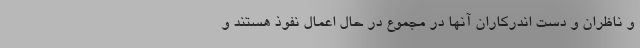
و ناظران و دست اندرکاران آنها در مجموع در حال اعمال نفوذ هستند و